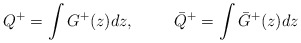
\begin{align*}Q^{+} = \int G^{+} (z) dz , \hspace{1cm}{\bar Q}^{+} = \int {\bar G}^{+} (z) dz\end{align*}